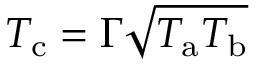
T _ { \mathrm { c } } = \Gamma \sqrt { T _ { \mathrm { a } } T _ { \mathrm { b } } }